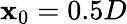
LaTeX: \mathbf{x}_{0}=0.5D